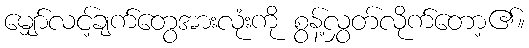
မျှော်လင့်ချက်တွေအားလုံးကို စွန့်လွှတ်လိုက်တော့၏။